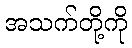
အသက်တို့ကို